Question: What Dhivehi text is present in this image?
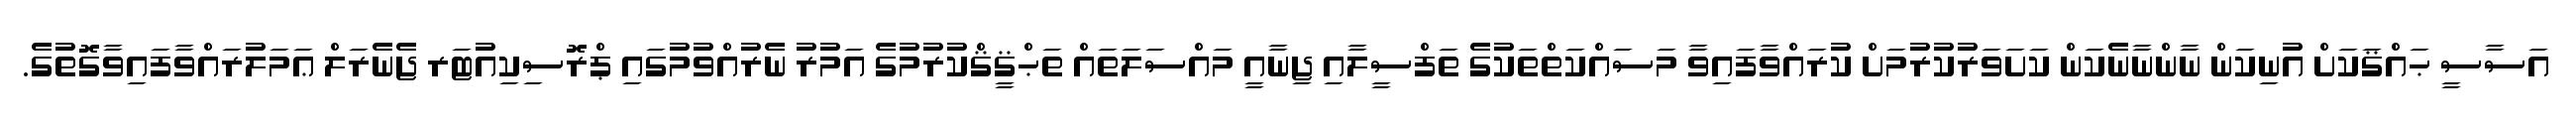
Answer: އަސާސީ ޙައްޤަކަށް އުނިކަން ނާންނާނެކަން ކަށަވަރުކުރުމަށް ކުރައްވާފައިވާ މަސައްކަތްތަކުގެ ތަފްސީލާއި ޖިނާއީ މައްސަލަތައް ތަޙްޤީޤްކުރުމުގެ އަމުރު ނެރުއްވުމުގައި ޕްރޮސިކިއުޓަރ ޖެނެރަލް ޢަމަލުރައްވާފައިވާގޮތުގެ.